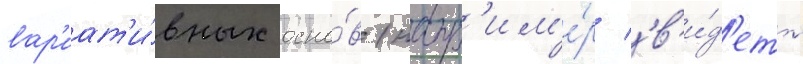
вар'иат'и́вных осно́в (напр'им'е́р 'в'и́д'еть'